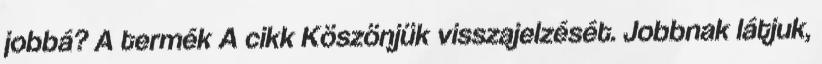
jobbá? A termék A cikk Köszönjük visszajelzését. Jobbnak látjuk,